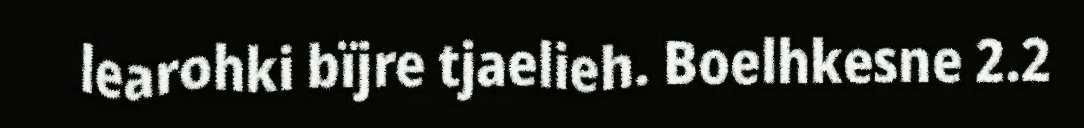
learohki bïjre tjaelieh. Boelhkesne 2.2